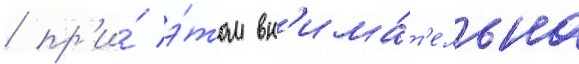
/ пр'и́ э́том вн'има́т'ельна